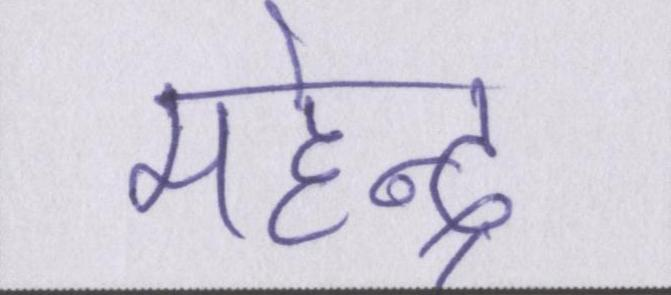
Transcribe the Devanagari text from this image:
महेन्द्र